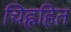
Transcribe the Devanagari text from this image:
चिह्नहित